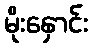
မိုးနှောင်း